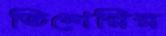
তিশেরির